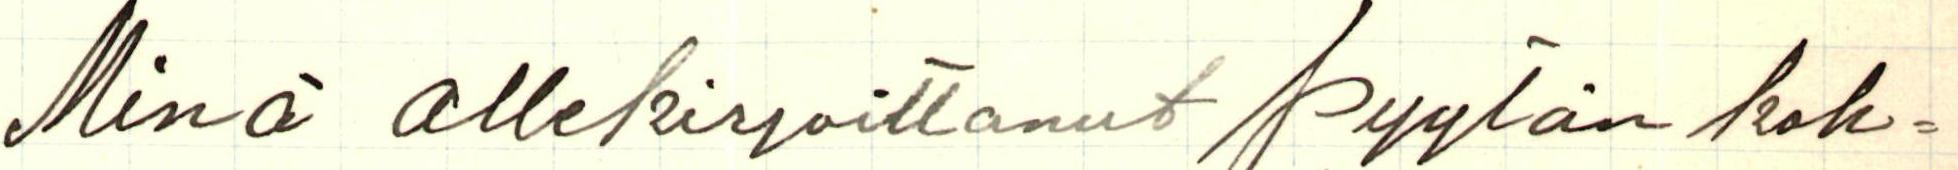
Minä allekirjoittanut pyytän koh-